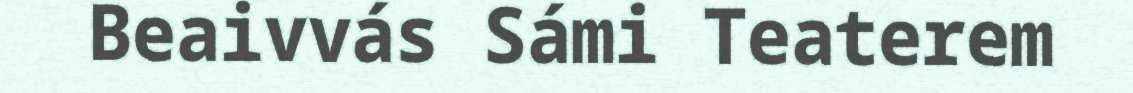
Beaivvás Sámi Teaterem